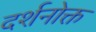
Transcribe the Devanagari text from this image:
दर्शनोक्त